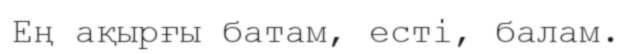
Ең ақырғы батам, есті, балам.